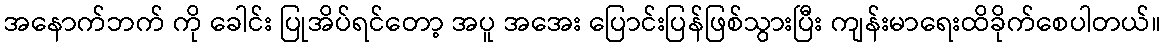
အနောက်ဘက် ကို ခေါင်း ပြုအိပ်ရင်တော့ အပူ အအေး ပြောင်းပြန်ဖြစ်သွားပြီး ကျန်းမာရေးထိခိုက်စေပါတယ်။